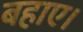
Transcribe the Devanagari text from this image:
बहाए।